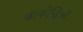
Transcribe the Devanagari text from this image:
सामवेदियों